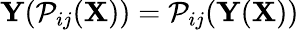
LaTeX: \mathbf{Y}(\mathcal{P}_{ij}(\mathbf{X}))=\mathcal{P}_{ij}(\mathbf{Y}(\mathbf{\mathbf{X}}))